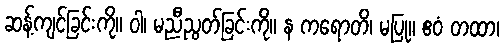
ဆန့်ကျင်ခြင်းကို။ ဝါ၊ မညီညွတ်ခြင်းကို။ န ကရောတိ၊ မပြု။ ဧဝံ တထာ၊